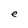
Character: e